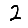
Digit: 2